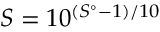
S = 1 0 ^ { \left( { S ^ { \circ } - 1 } \right) / 1 0 }